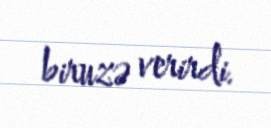
biruzə verirdi.